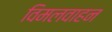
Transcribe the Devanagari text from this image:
विमलवाहन